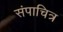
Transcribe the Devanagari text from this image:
संपाचित्र